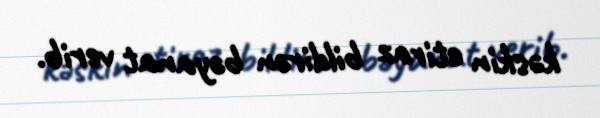
kəskin etiraz bildirən bəyanat verib.